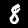
Digit: 8